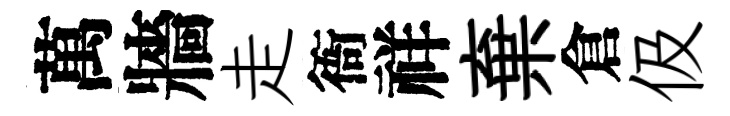
萬牆走衙祥棄倉伋